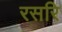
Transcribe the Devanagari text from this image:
रसरि